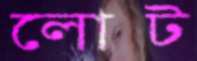
লোট